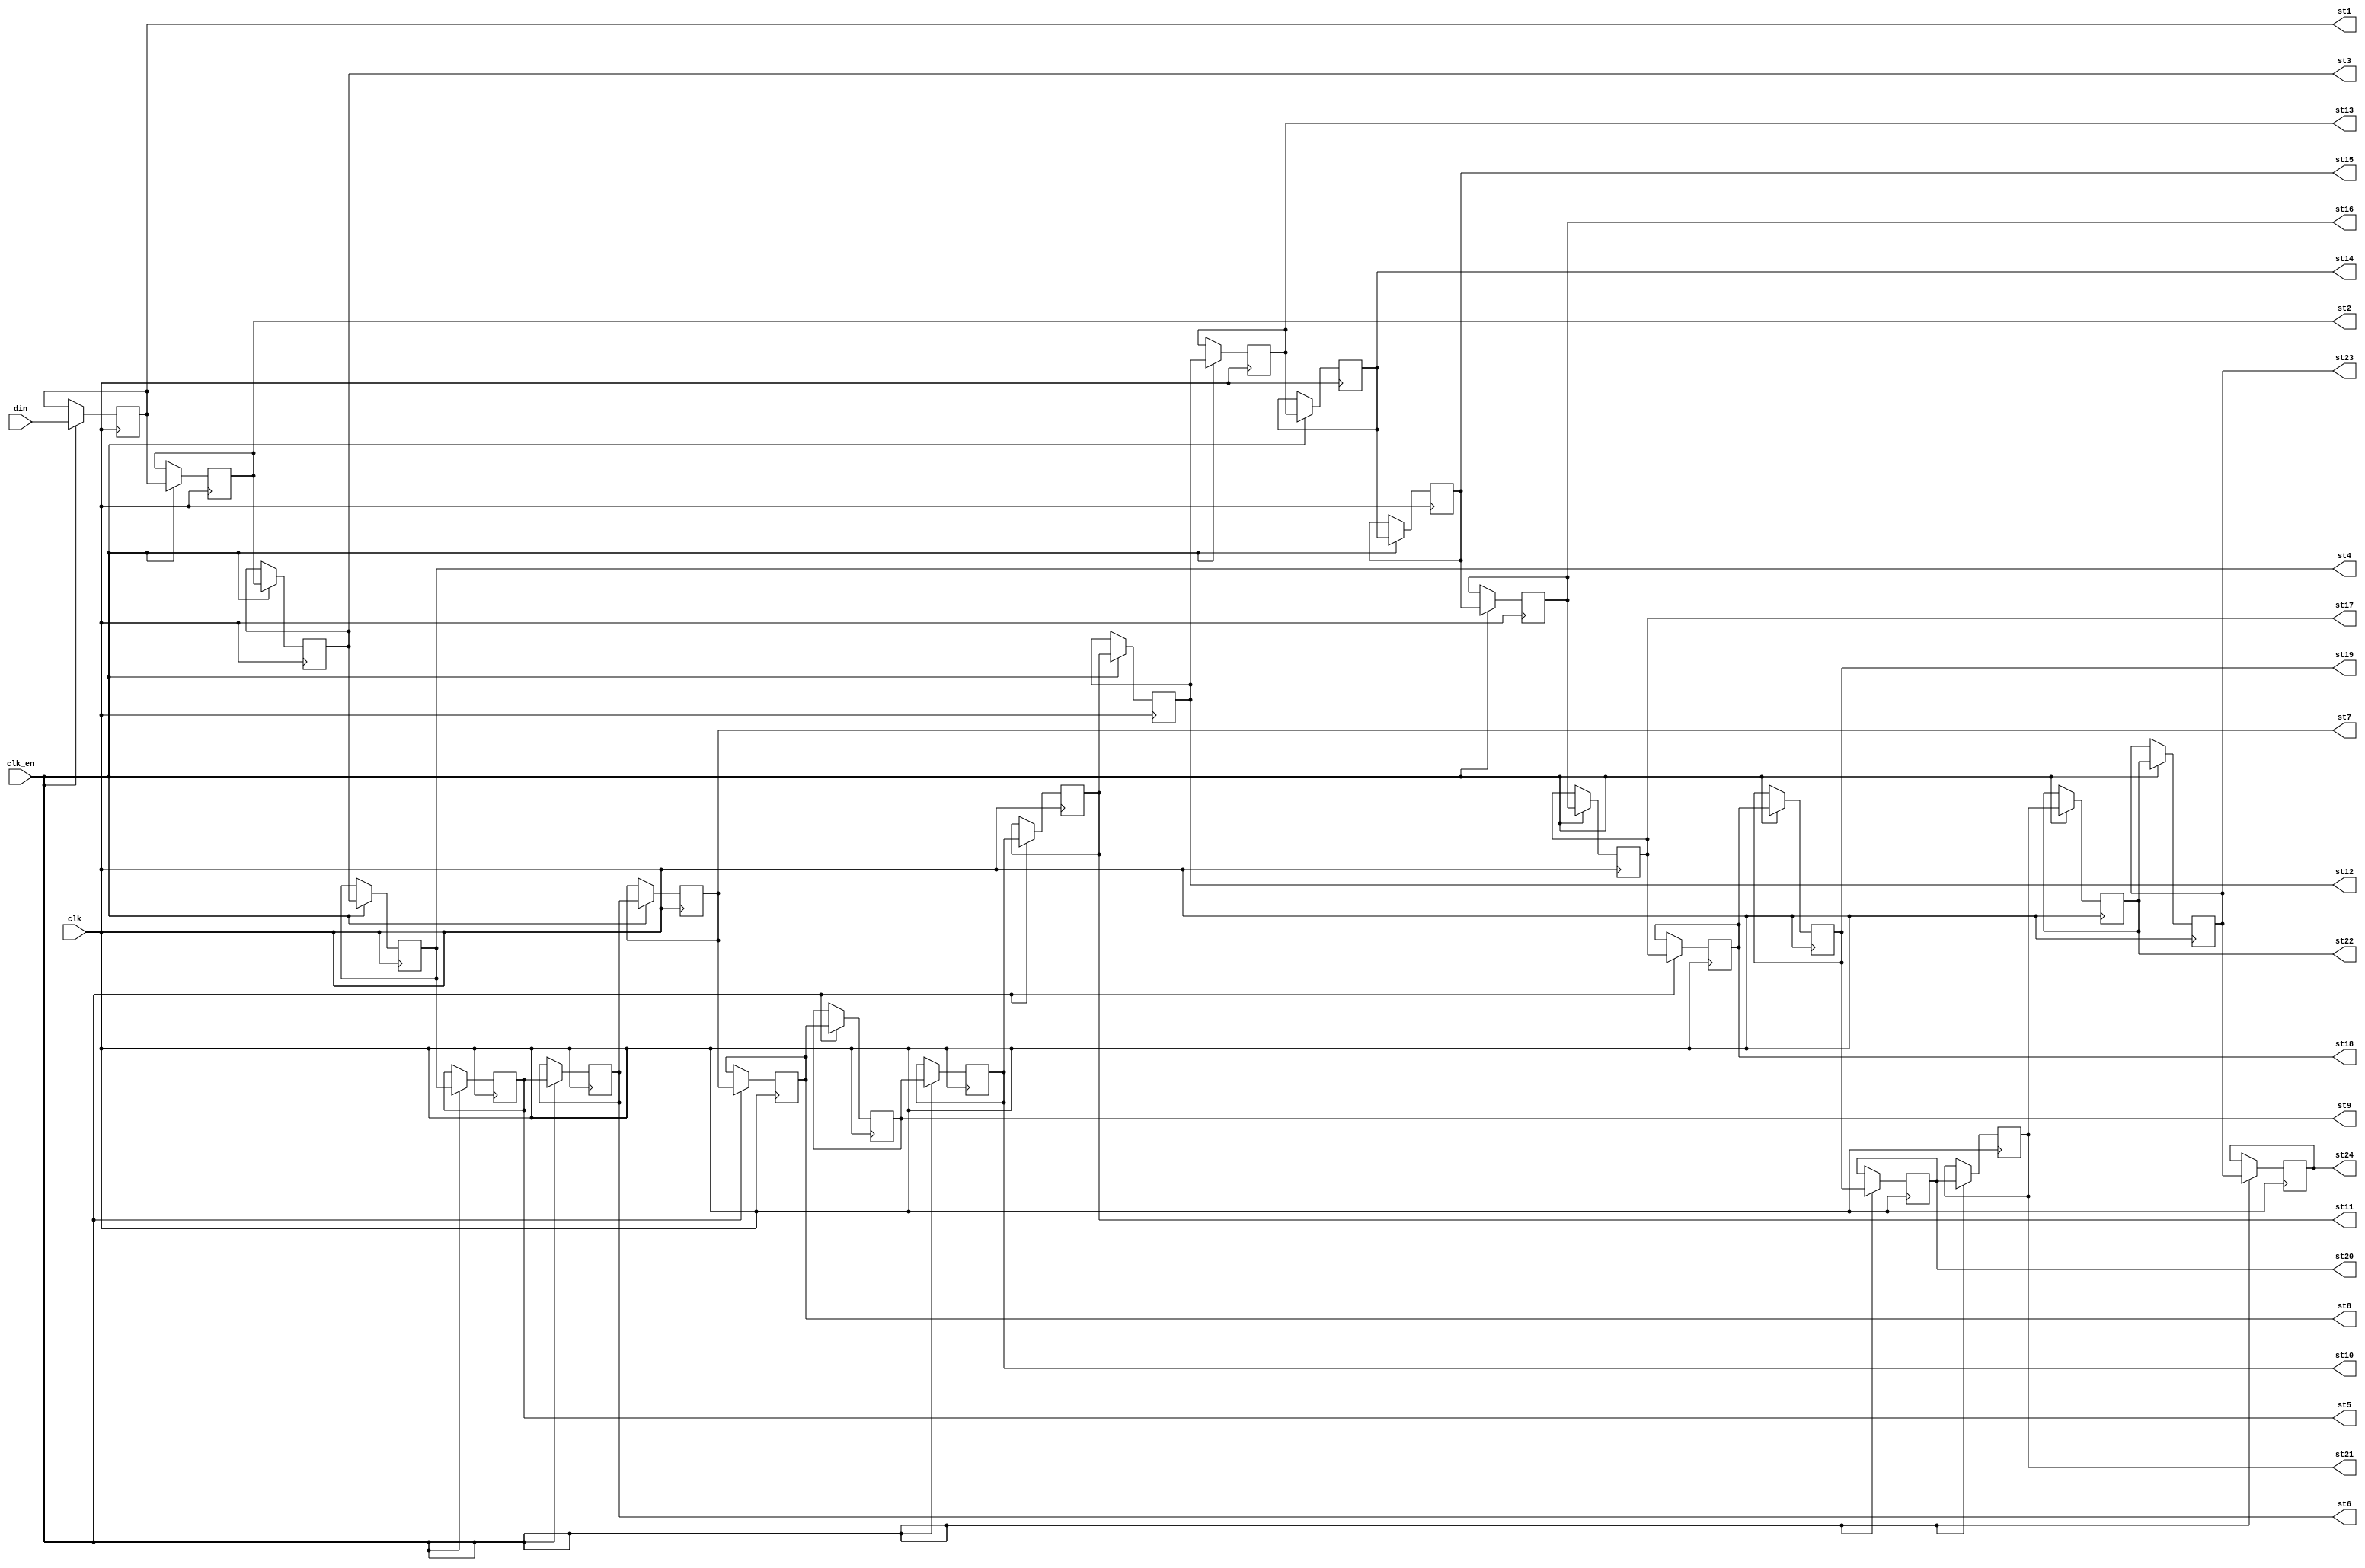
// This program was cloned from: https://github.com/MiSTer-devel/MegaCD_MiSTer
// License: GNU General Public License v3.0

/*  This file is part of JT12.

    JT12 is free software: you can redistribute it and/or modify
    it under the terms of the GNU General Public License as published by
    the Free Software Foundation, either version 3 of the License, or
    (at your option) any later version.

    JT12 is distributed in the hope that it will be useful,
    but WITHOUT ANY WARRANTY; without even the implied warranty of
    MERCHANTABILITY or FITNESS FOR A PARTICULAR PURPOSE.  See the
    GNU General Public License for more details.

    You should have received a copy of the GNU General Public License
    along with JT12.  If not, see <http://www.gnu.org/licenses/>.

	Author: Jose Tejada Gomez. Twitter: @topapate
	Version: 1.0
	Date: 1-31-2017
	*/


module jt12_sh24 #(parameter width=5 )
(
  input 	clk,
  input   clk_en /* synthesis direct_enable */,  
  input		[width-1:0]	din,
 	output reg [width-1:0]	st1,
 	output reg [width-1:0]	st2,
 	output reg [width-1:0]	st3,
 	output reg [width-1:0]	st4,
 	output reg [width-1:0]	st5,
 	output reg [width-1:0]	st6,
 	output reg [width-1:0]	st7,
 	output reg [width-1:0]	st8,
 	output reg [width-1:0]	st9,
 	output reg [width-1:0]	st10,
 	output reg [width-1:0]	st11,
 	output reg [width-1:0]	st12,
 	output reg [width-1:0]	st13,
 	output reg [width-1:0]	st14,
 	output reg [width-1:0]	st15,
 	output reg [width-1:0]	st16,
 	output reg [width-1:0]	st17,
 	output reg [width-1:0]	st18,
 	output reg [width-1:0]	st19,
 	output reg [width-1:0]	st20,
 	output reg [width-1:0]	st21,
 	output reg [width-1:0]	st22,
 	output reg [width-1:0]	st23,
 	output reg [width-1:0]	st24
);

always @(posedge clk) if(clk_en) begin
	st24<= st23;
	st23<= st22;
	st22<= st21;
	st21<= st20;
	st20<= st19;
	st19<= st18;
	st18<= st17;
	st17<= st16;
	st16<= st15;
	st15<= st14;
	st14<= st13;
	st13<= st12;
	st12<= st11;
	st11<= st10;
	st10<= st9;
	st9 <= st8;
	st8 <= st7;
	st7 <= st6;
	st6 <= st5;
	st5 <= st4;
	st4 <= st3;
	st3 <= st2;
	st2 <= st1;
	st1 <= din;
end

endmodule